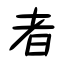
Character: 者